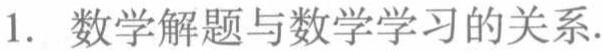
1. 数学解题与数学学习的关系.